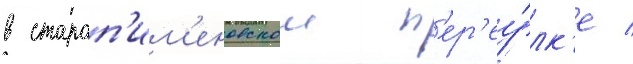
в староп'им'еновском п'ер'еу́лк'е /